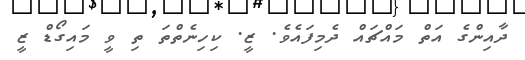
ދާއިންގެ އަތް މައްޗައް ދެމިފައެވެ. ޒީ. ކިހިނެތްތަ ތި ވީ މައިގޯޑް ޒީ